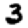
Digit: 3